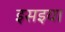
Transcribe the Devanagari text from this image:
इसइया